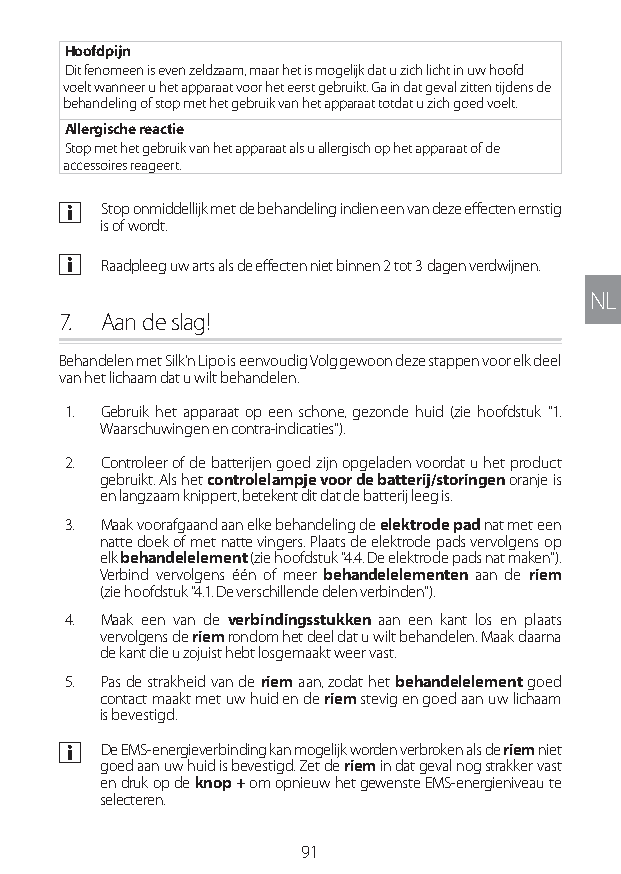
Hoofdpijn
 Dit fenomeen is even zeldzaam, maar het is mogelijk dat u zich licht in uw hoofd
 voelt wanneer u het apparaat voor het eerst gebruikt. Ga in dat geval zitten tijdens de
 behandeling of stop met het gebruik van het apparaat totdat u zich goed voelt.
 Allergische reactie
 Stop met het gebruik van het apparaat als u allergisch op het apparaat of de
 accessoires reageert.
 a Stop onmiddellijk met de behandeling indien een van deze effecten ernstig
 is of wordt.
 a Raadpleeg uw arts als de effecten niet binnen 2 tot 3 dagen verdwijnen.
 NL
 7. Aan de slag!
 Behandelen met Silk'n Lipo is eenvoudig Volg gewoon deze stappen voor elk deel
 van het lichaam dat u wilt behandelen.
 1. Gebruik het apparaat op een schone, gezonde huid (zie hoofdstuk "1.
 Waarschuwingen en contra-indicaties").
 2. Controleer of de batterijen goed zijn opgeladen voordat u het product
 gebruikt. Als het controlelampje voor de batterij/storingen oranje is
 en langzaam knippert, betekent dit dat de batterij leeg is.
 3. Maak voorafgaand aan elke behandeling de elektrode pad nat met een
 natte doek of met natte vingers. Plaats de elektrode pads vervolgens op
 elk behandelelement (zie hoofdstuk "4.4. De elektrode pads nat maken").
 Verbind vervolgens één of meer behandelelementen aan de riem
 (zie hoofdstuk "4.1. De verschillende delen verbinden").
 4. Maak een van de verbindingsstukken aan een kant los en plaats
 vervolgens de riem rondom het deel dat u wilt behandelen. Maak daarna
 de kant die u zojuist hebt losgemaakt weer vast.
 5. Pas de strakheid van de riem aan, zodat het behandelelement goed
 contact maakt met uw huid en de riem stevig en goed aan uw lichaam
 is bevestigd.
 a De EMS-energieverbinding kan mogelijk worden verbroken als de riem niet
 goed aan uw huid is bevestigd. Zet de riem in dat geval nog strakker vast
 en druk op de knop + om opnieuw het gewenste EMS-energieniveau te
 selecteren.
 91
 Lipo UM EU124 3545B inside ALL EU124 ED296-24 release.indd 91 14/08/2018 10:57:37